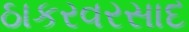
ઠાકરવરસાદ